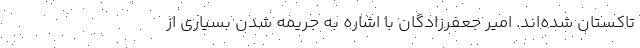
تاکستان شده‌اند. امیر جعفرزادگان با اشاره به جریمه شدن بسیاری از